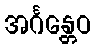
အင်္ဂန္တေဝ